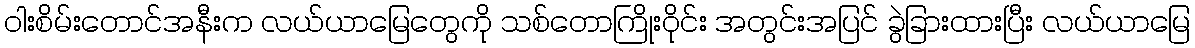
ဝါးစိမ်းတောင်အနီးက လယ်ယာမြေတွေကို သစ်တောကြိုးဝိုင်း အတွင်းအပြင် ခွဲခြားထားပြီး လယ်ယာမြေ